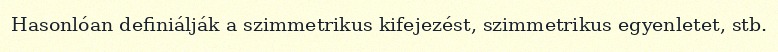
Hasonlóan definiálják a szimmetrikus kifejezést, szimmetrikus egyenletet, stb.